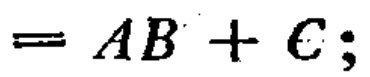
$=AB + C;$